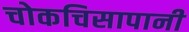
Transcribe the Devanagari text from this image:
चोकचिसापानी